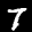
Label: 7